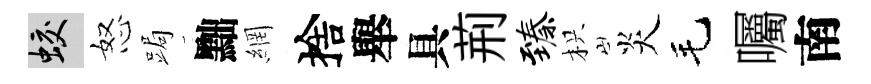
蛟怒跼黜網捨舉具荊臻枳炎毛囑南